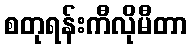
စတုရန်းကီလိုမီတာ